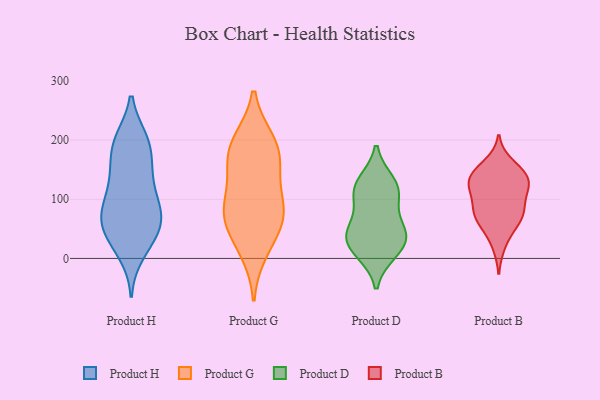
{"axis": {"x": "Website Visitors", "y": "Value"}, "legend": ["Product B", "Product D", "Product G", "Product H"], "data": [{"x": "", "y": 83, "type": "Product H"}, {"x": "", "y": 138, "type": "Product H"}, {"x": "", "y": 46, "type": "Product H"}, {"x": "", "y": 196, "type": "Product H"}, {"x": "", "y": 75, "type": "Product H"}, {"x": "", "y": 78, "type": "Product H"}, {"x": "", "y": 34, "type": "Product H"}, {"x": "", "y": 56, "type": "Product H"}, {"x": "", "y": 115, "type": "Product H"}, {"x": "", "y": 68, "type": "Product H"}, {"x": "", "y": 10, "type": "Product H"}, {"x": "", "y": 31, "type": "Product H"}, {"x": "", "y": 86, "type": "Product H"}, {"x": "", "y": 193, "type": "Product H"}, {"x": "", "y": 195, "type": "Product H"}, {"x": "", "y": 143, "type": "Product H"}, {"x": "", "y": 199, "type": "Product H"}, {"x": "", "y": 153, "type": "Product H"}, {"x": "", "y": 196, "type": "Product G"}, {"x": "", "y": 40, "type": "Product G"}, {"x": "", "y": 13, "type": "Product G"}, {"x": "", "y": 142, "type": "Product G"}, {"x": "", "y": 77, "type": "Product G"}, {"x": "", "y": 160, "type": "Product G"}, {"x": "", "y": 78, "type": "Product G"}, {"x": "", "y": 177, "type": "Product G"}, {"x": "", "y": 198, "type": "Product G"}, {"x": "", "y": 82, "type": "Product G"}, {"x": "", "y": 83, "type": "Product G"}, {"x": "", "y": 129, "type": "Product D"}, {"x": "", "y": 14, "type": "Product D"}, {"x": "", "y": 124, "type": "Product D"}, {"x": "", "y": 55, "type": "Product D"}, {"x": "", "y": 10, "type": "Product D"}, {"x": "", "y": 109, "type": "Product D"}, {"x": "", "y": 41, "type": "Product D"}, {"x": "", "y": 103, "type": "Product D"}, {"x": "", "y": 36, "type": "Product D"}, {"x": "", "y": 41, "type": "Product D"}, {"x": "", "y": 148, "type": "Product B"}, {"x": "", "y": 81, "type": "Product B"}, {"x": "", "y": 52, "type": "Product B"}, {"x": "", "y": 22, "type": "Product B"}, {"x": "", "y": 144, "type": "Product B"}, {"x": "", "y": 136, "type": "Product B"}, {"x": "", "y": 73, "type": "Product B"}, {"x": "", "y": 81, "type": "Product B"}, {"x": "", "y": 160, "type": "Product B"}, {"x": "", "y": 111, "type": "Product B"}, {"x": "", "y": 78, "type": "Product B"}, {"x": "", "y": 134, "type": "Product B"}, {"x": "", "y": 126, "type": "Product B"}, {"x": "", "y": 62, "type": "Product B"}, {"x": "", "y": 121, "type": "Product B"}, {"x": "", "y": 114, "type": "Product B"}]}